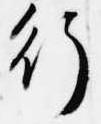
行